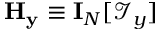
\mathbf { H } _ { \mathbf { y } } \equiv \mathbf { I } _ { N } [ \mathcal { I } _ { y } ]